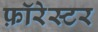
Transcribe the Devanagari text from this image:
फ़ॉरेस्टर